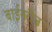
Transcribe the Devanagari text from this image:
बाईनरीज़